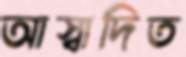
আস্বাদিত